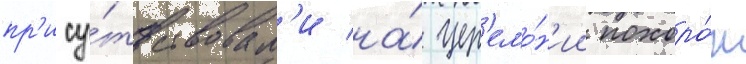
пр'ису́тствовал'и на́ цер'емо́н'ии похоро́н